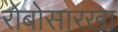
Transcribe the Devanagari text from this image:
रोबोसारखा